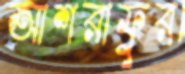
আশরাফুর